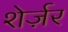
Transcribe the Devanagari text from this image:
शेर्ज़र